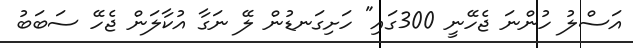
އަސްލު ހުންނަ ޖެހޭނީ 300ގައި" ހަށިގަނޑުން ލޭ ނަގާ އުކާލަން ޖެހޭ ސަބަބު